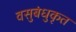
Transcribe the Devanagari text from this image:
वसुबंधुकृत